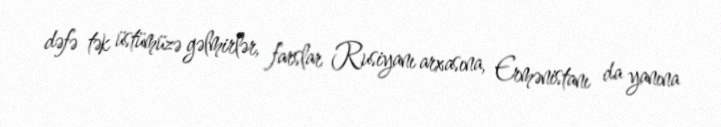
dəfə tək üstümüzə gəlmirlər, farslar Rusiyanı arxasına, Ermənistanı da yanına